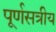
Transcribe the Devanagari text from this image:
पूर्णसत्रीय